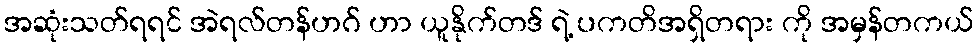
အဆုံးသတ်ရရင် အဲရလ်တန်ဟဂ် ဟာ ယူနိုက်တဒ် ရဲ့ ပကတိအရှိတရား ကို အမှန်တကယ်